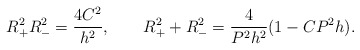
\begin{align*}R^2_+R^2_-=\frac{4C^2}{h^2},\qquad R^2_++R^2_-=\frac{4}{P^2h^2}(1-CP^2h).\end{align*}